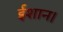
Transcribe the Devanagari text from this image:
ईशान।